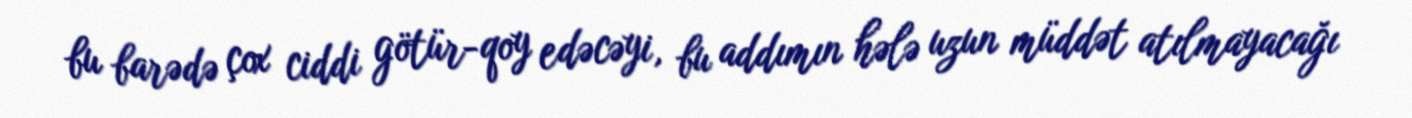
bu barədə çox ciddi götür-qoy edəcəyi, bu addımın hələ uzun müddət atılmayacağı